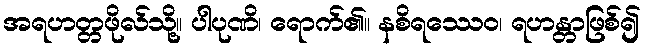
အရဟတ္တဖိုလ်သို့။ ပါပုဏိ၊ ရောက်၏။ နစိရဿေဝ၊ ရဟန္တာဖြစ်၍